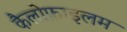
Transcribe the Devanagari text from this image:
कैलोफ़ाइलम